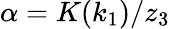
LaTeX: \alpha=K(k_{1})/z_{3}